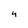
Character: 4